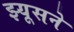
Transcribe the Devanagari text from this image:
झ्यूसने